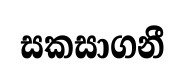
සකසාගනී